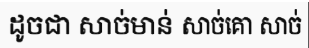
ដូចជា សាច់មាន់ សាច់គោ សាច់